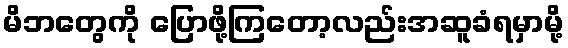
မိဘတွေကို ပြောဖို့ကြတော့လည်းအဆူခံရမှာမို့